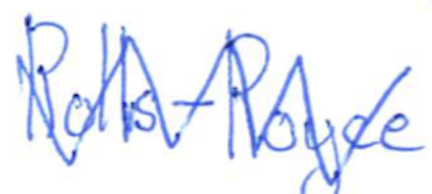
Text: Rolls-Royce
Cross-out: mix
Writing tool: ballpoint